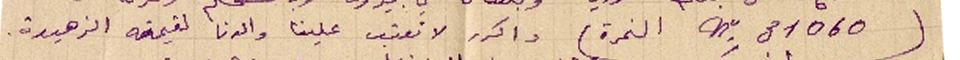
(٣١٠٦٠ nº النمرة) واكرر لا تعتب علينا والدنا لقيمته الزهيدة.